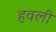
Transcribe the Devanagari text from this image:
हवली